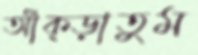
আঁক্‌ড়াতুম